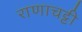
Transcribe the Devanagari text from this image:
राणाचट्टी